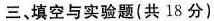
三、填空与实验题(共18分)